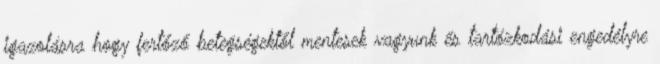
igazolásra hogy fertőző betegségektől mentesek vagyunk és tartózkodási engedélyre